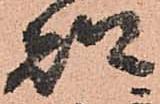
都